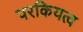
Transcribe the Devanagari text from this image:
परकियत्व